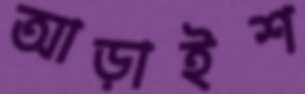
আড়াইশ